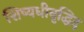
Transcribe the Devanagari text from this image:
शिष्यधीवृद्धिद